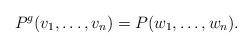
LaTeX: \begin{align*}P^g(v_1, \ldots, v_n)=P(w_1, \ldots, w_n).\end{align*}